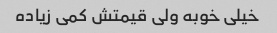
خیلی خوبه ولی قیمتش کمی زیاده